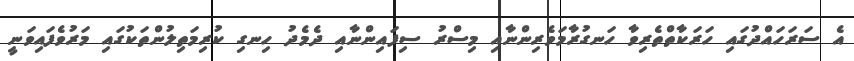
އެ ސަރަހައްދުގައި ހަރަކާތްތެރިވާ ހަނގުރާމަވެރިންނާއި މިސްރު ސިފައިންނާއި ދެމެދު ހިނގި ކުރިމަތިލުންތަކުގައި މަރުވެފައިވަނީ